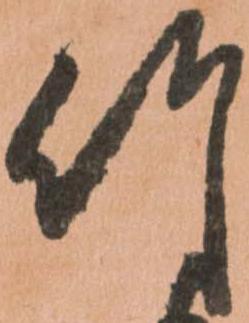
竹